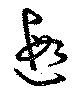
遐